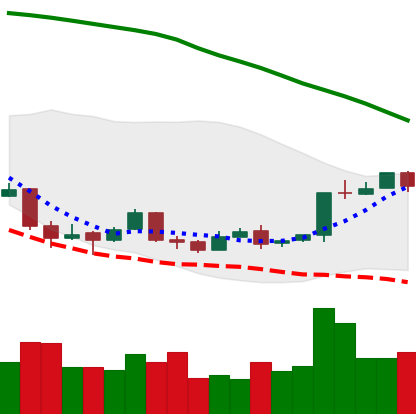
Ticker: BTC-USD
Chart end date: 2018-04-16
Forward return: 10.385%
Label: up_7plus